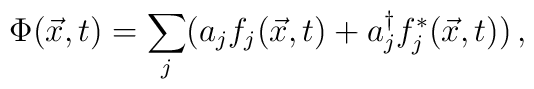
\Phi (\vec{x},t)=\sum_{j}( a_jf_j(\vec{x},t)+a^\dagger_jf^*_j(\vec{x},t))\, ,